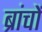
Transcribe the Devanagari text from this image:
ब्रांचों